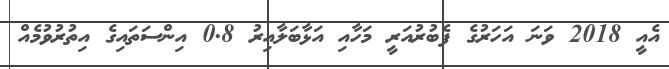
އެއީ 2018 ވަނަ އަހަރުގެ ފެބުރުއަރީ މަހާއި އަޅާބަލާއިރު 0.8 އިންސަތައިގެ އިތުރުވުުމެއް